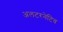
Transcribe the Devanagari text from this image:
अलटरनेटिव